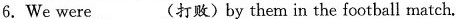
6.We were ___(打败)by them in the football match.